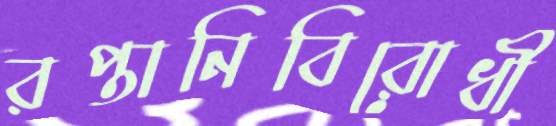
রপ্তানিবিরোধী